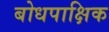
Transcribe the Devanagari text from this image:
बोधपाक्षिक